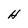
Character: H